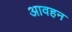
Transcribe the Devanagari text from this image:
आवहन